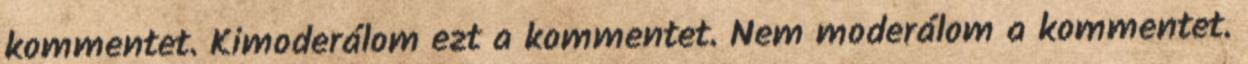
kommentet. Kimoderálom ezt a kommentet. Nem moderálom a kommentet.